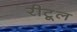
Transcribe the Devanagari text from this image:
रीटूल